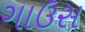
ગાઉસ